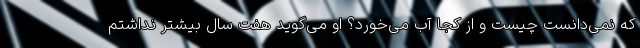
که نمی‌دانست چیست و از کجا آب می‌خورد؟ او می‌گوید هفت سال بیشتر نداشتم